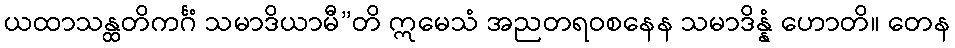
ယထာသန္ထတိကင်္ဂံ သမာဒိယာမီ”တိ ဣမေသံ အညတရဝစနေန သမာဒိန္နံ ဟောတိ။ တေန